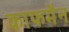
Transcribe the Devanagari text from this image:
काफमैन